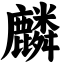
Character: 麟